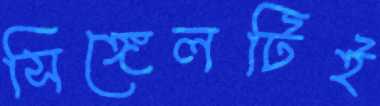
সিঙ্গেলটিই